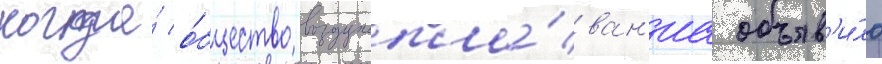
когда́ о́бщество воздухопла́ван'иа объяв'и́ло